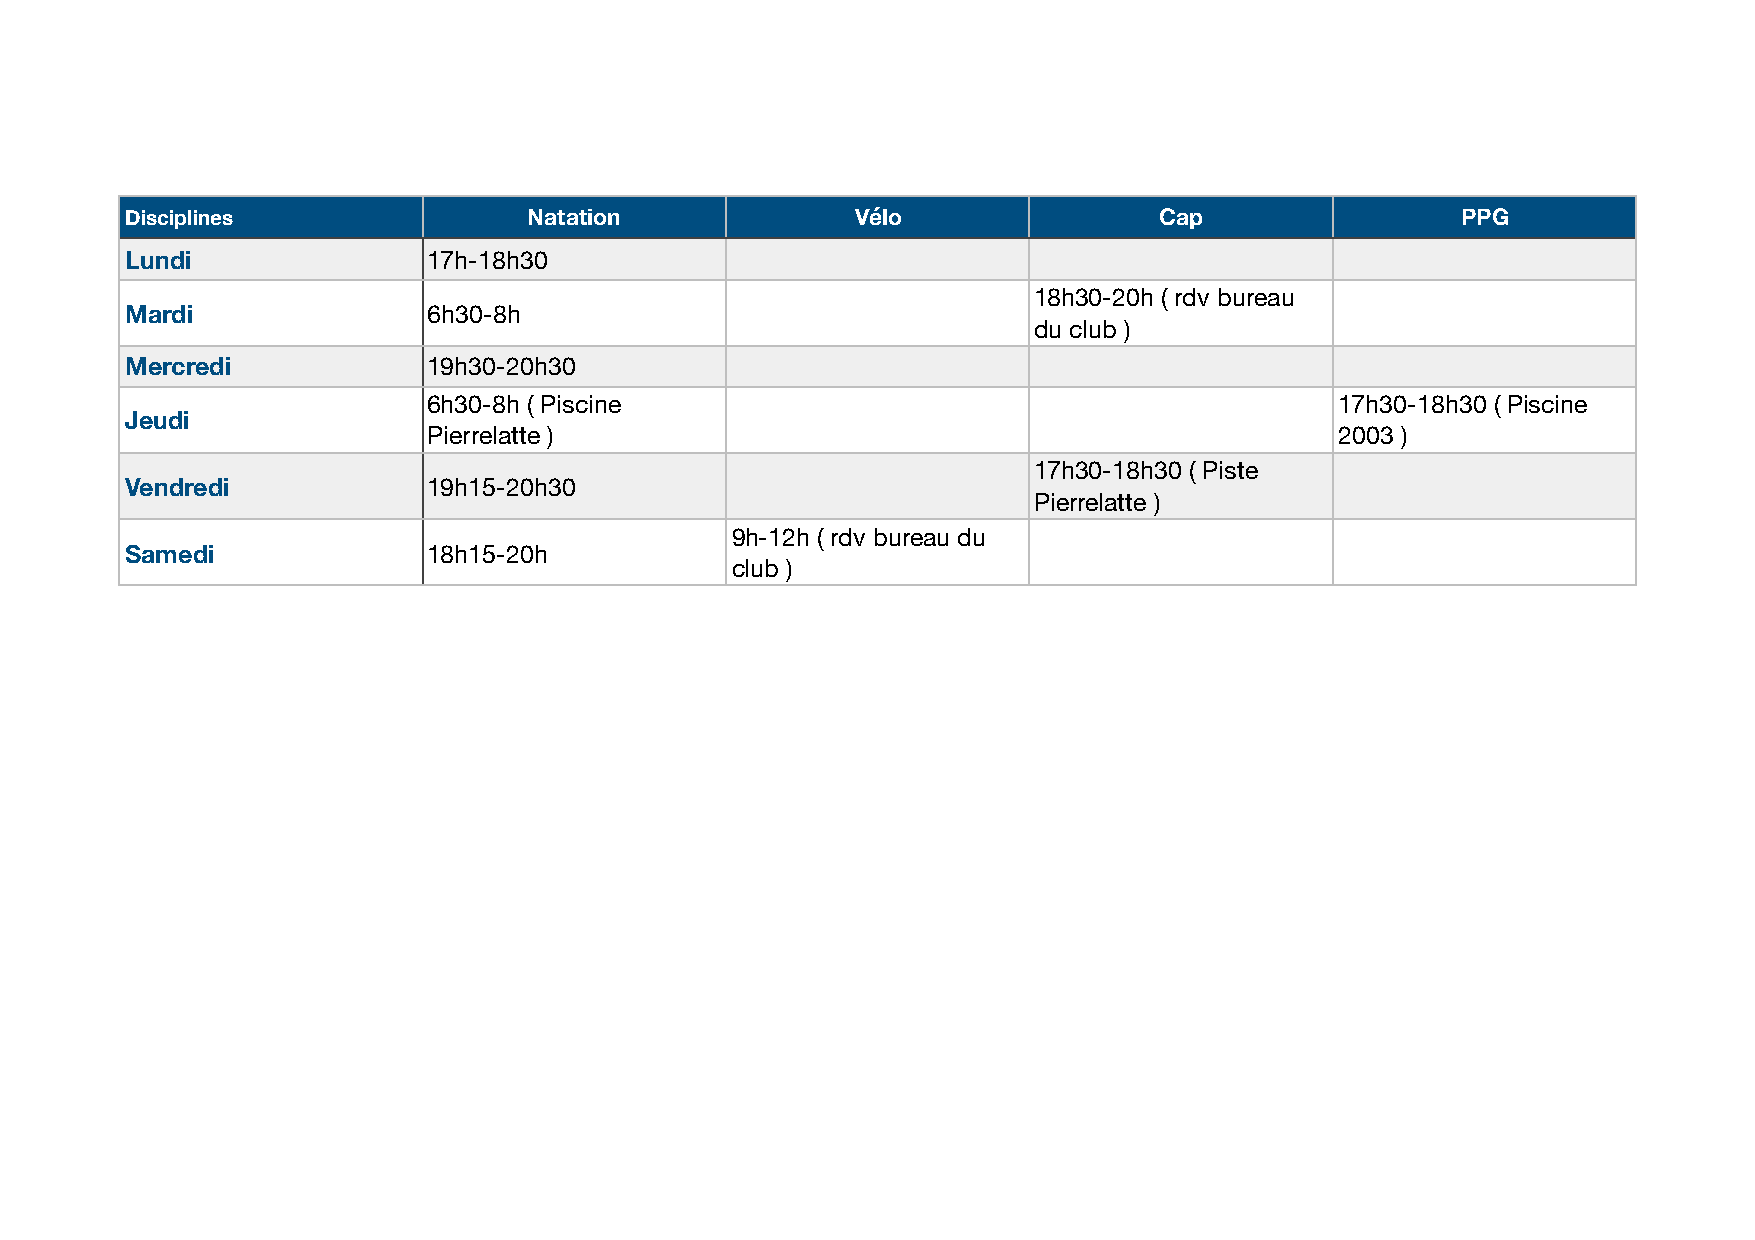
Disciplines                Natation              Vélo                Cap                 PPG
 Lundi               17h-18h30
 18h30-20h ( rdv bureau
 Mardi               6h30-8h
 du club )
 Mercredi            19h30-20h30
 6h30-8h ( Piscine                                            17h30-18h30 ( Piscine
 Jeudi
 Pierrelatte )                                                2003 )
 17h30-18h30 ( Piste
 Vendredi            19h15-20h30
 Pierrelatte )
 9h-12h ( rdv bureau du
 Samedi              18h15-20h
 club )